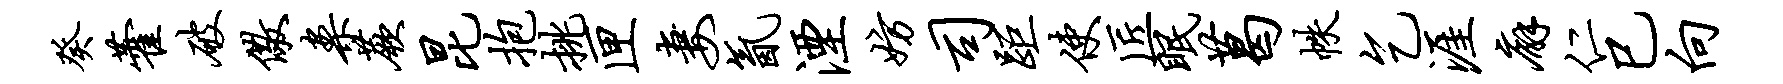
癸藿破儆案蕨昆抱挑匣妻氤湮妨司距使匠眠葛帙乞涯廨仁巳向